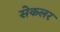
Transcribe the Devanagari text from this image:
सेकलर